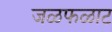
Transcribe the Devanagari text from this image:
जळफळाट